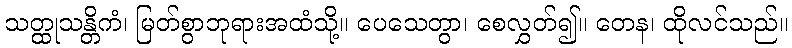
သတ္ထုသန္တိကံ၊ မြတ်စွာဘုရားအထံသို့။ ပေသေတွာ၊ စေလွှတ်၍။ တေန၊ ထိုလင်သည်။